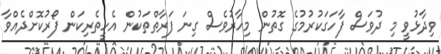
ވިދާޅުވީ މި ދުވަސް ފާހަގަކުރުމުގެ ގޮތުން މިހާރުވެސް ގިނަ ފަރާތްތަކުން އެހީތެރިކަން ފޯރުކޮށްދެއްވާ